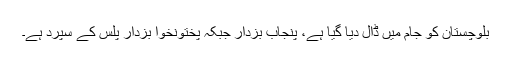
بلوچستان کو جام میں ڈال دیا گیا ہے، پنجاب بزدار جبکہ پختونخوا بزدار پلس کے سپرد ہے۔